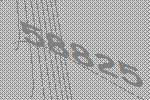
58825